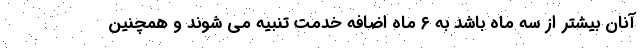
آنان بیشتر از سه ماه باشد به ۶ ماه اضافه خدمت تنبیه می شوند و همچنین